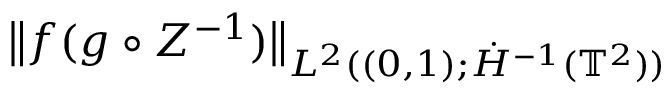
\begin{array} { r l } { \lefteqn { \bigl \| f ( g \circ Z ^ { - 1 } ) \bigr \| _ { L ^ { 2 } ( ( 0 , 1 ) ; \dot { H } ^ { - 1 } ( \ensuremath { \mathbb { T } } ^ { 2 } ) ) } } \qquad } & { { } } \end{array}